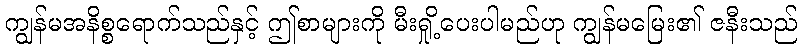
ကျွန်မအနိစ္စရောက်သည်နှင့် ဤစာများကို မီးရှို့ပေးပါမည်ဟု ကျွန်မမြေး၏ ဇနီးသည်